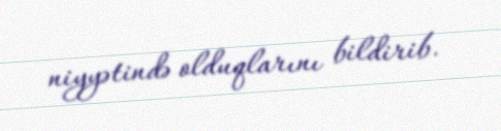
niyyətində olduqlarını bildirib.